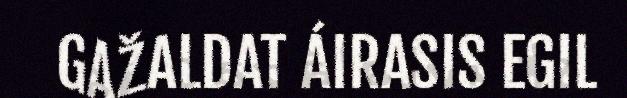
GAŽALDAT ÁIRASIS EGIL